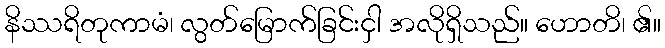
နိဿရိတုကာမံ၊ လွတ်မြောက်ခြင်းငှါ အလိုရှိသည်။ ဟောတိ၊ ၏။